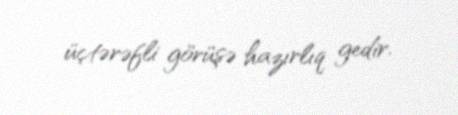
üçtərəfli görüşə hazırlıq gedir.